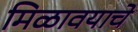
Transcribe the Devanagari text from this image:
मिळावयाचे